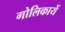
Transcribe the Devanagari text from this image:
गोलिकायें